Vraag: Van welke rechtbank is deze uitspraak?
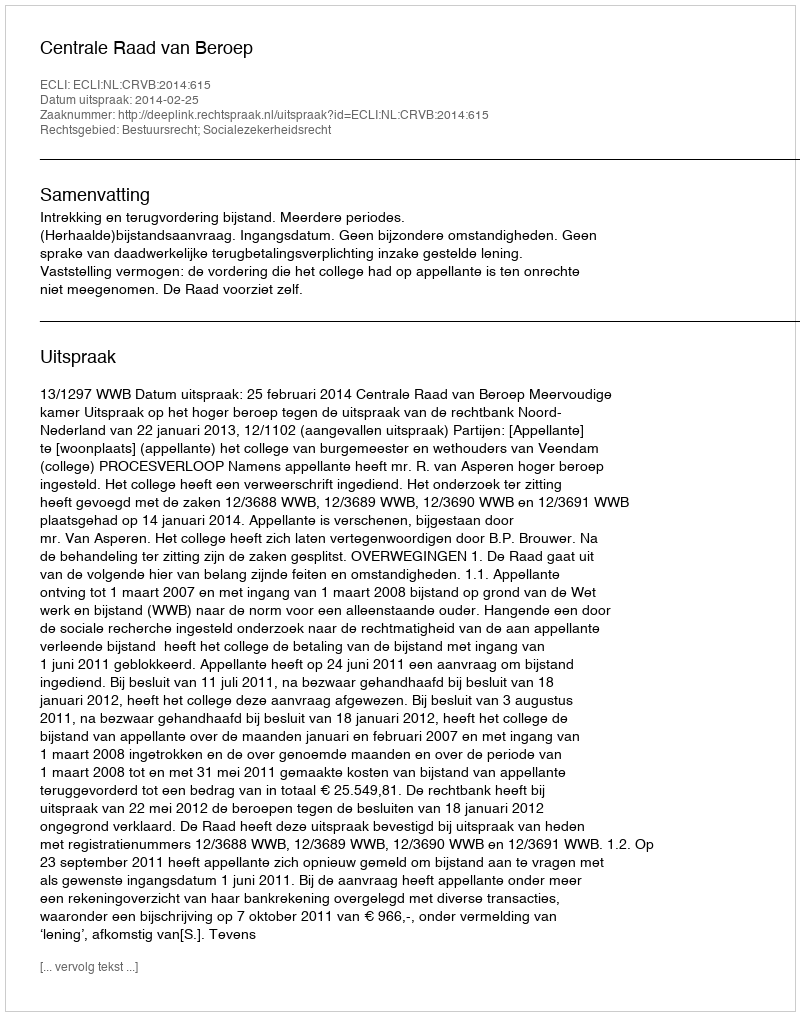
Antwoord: Centrale Raad van Beroep